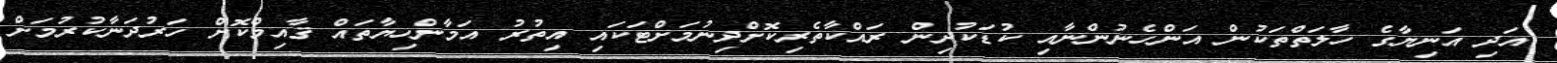
އަދި އަނިޔާގެ ހާލަތްތަކުން އަންހެނުންނާއި ކުޑަކުދިން ރައްކާތެރިކޮށްދިނުމަށްޓަކައި އިތުރު އަމާންހިޔާތައް ޤާއިމްކޮށް ހަރުދަނާކުރުމަށް